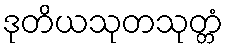
ဒုတိယသုတသုတ္တံ